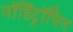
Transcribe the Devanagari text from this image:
नॉर्डिट्रॉपिन